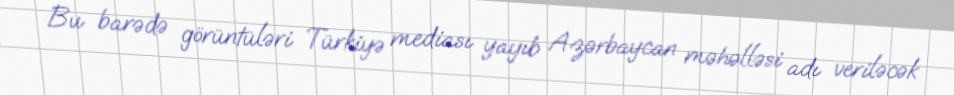
Bu barədə görüntüləri Türkiyə mediası yayıb Azərbaycan məhəlləsi adı veriləcək